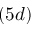
( 5 d )